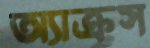
অ্যাক্রস